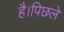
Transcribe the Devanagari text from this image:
है।पिछले